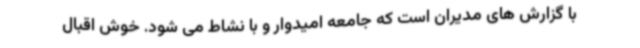
با گزارش های مدیران است که جامعه امیدوار و با نشاط می شود. خوش اقبال